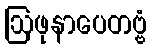
ဩဖုနာပေတဗ္ဗံ